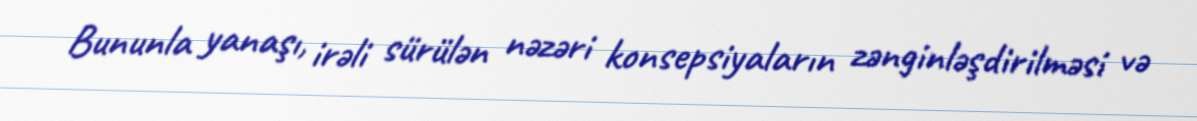
Bununla yanaşı, irəli sürülən nəzəri konsepsiyaların zənginləşdirilməsi və